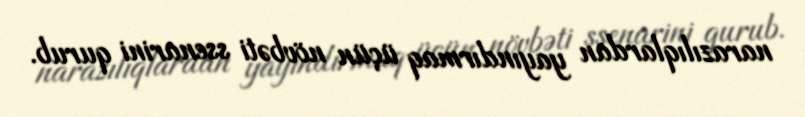
narazılıqlardan yayındırmaq üçün növbəti ssenarini qurub.